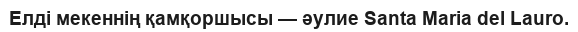
Елді мекеннің қамқоршысы — әулие Santa Maria del Lauro.